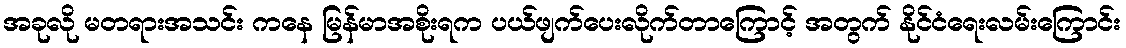
အခုလို မတရားအသင်း ကနေ မြန်မာအစိုးရက ပယ်ဖျက်ပေးလိုက်တာကြောင့် အတွက် နိုင်ငံရေးလမ်းကြောင်း